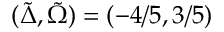
( \tilde { \Delta } , \tilde { \Omega } ) = ( - 4 / 5 , 3 / 5 )